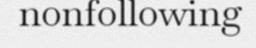
nonfollowing